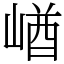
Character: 崷